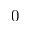
0